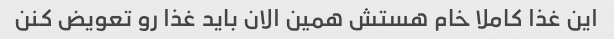
این غذا کاملا خام هستش همین الان باید غذا رو تعویض کنن